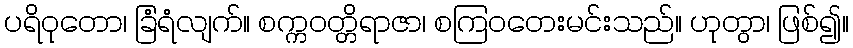
ပရိဝုတော၊ ခြံရံလျက်။ စက္ကဝတ္တိရာဇာ၊ စကြဝတေးမင်းသည်။ ဟုတွာ၊ ဖြစ်၍။